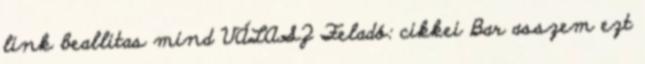
link beallitas mind VÁLASZ Feladó: cikkei Bar asszem ezt